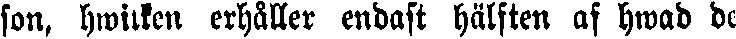
son, hwilken erhåller endast hälften af hwad de